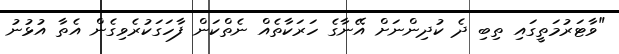
"ވާޓަރުމަތީގައި ތިބި ދެ ކުދިންނަށް އޭނާގެ ހަރަކާތެއް ނެތްކަން ފާހަގަކުރެވިގެން އެތާ އުޅުނު